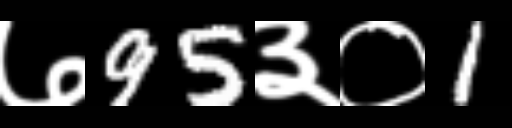
Text: ७95३०1